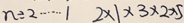
n \div 2 \cdots 1 2 \times 1 \times 3 \times 2 \times 5